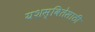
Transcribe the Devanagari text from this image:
यशस्वितेसाठी